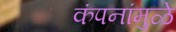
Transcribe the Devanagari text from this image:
कंपनांमुळे